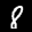
Label: 8